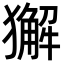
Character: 獬